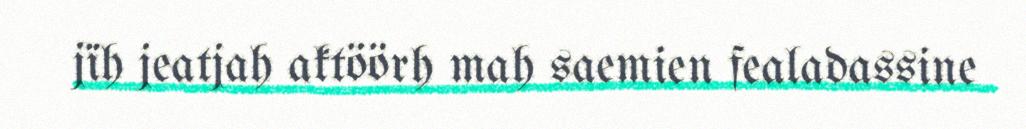
jïh jeatjah aktöörh mah saemien fealadassine